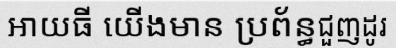
អាយធី យើងមាន ប្រព័ន្ធជួញដូរ